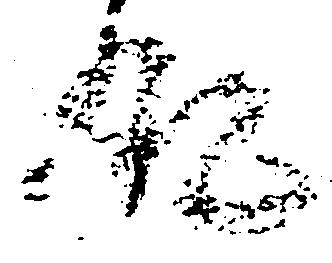
殿